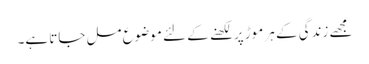
مجھے زندگی کے ہر موڑ پر لکھنے کے لئے موضوع مل جاتا ہے۔